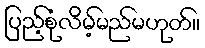
ပြည့်စုံလိမ့်မည်မဟုတ်။